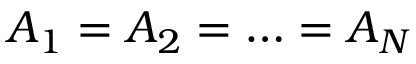
A _ { 1 } = A _ { 2 } = \ldots = A _ { N }